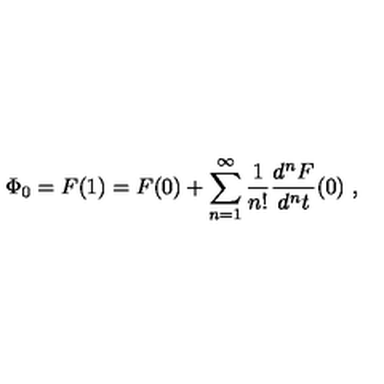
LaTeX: \Phi _ { 0 } = F ( 1 ) = F ( 0 ) + \sum _ { n = 1 } ^ { \infty } \frac { 1 } { n ! } \frac { d ^ { n } F } { d ^ { n } t } ( 0 ) \ ,